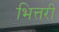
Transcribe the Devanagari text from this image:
भित्तरी